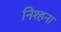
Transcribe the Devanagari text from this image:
निश्हना